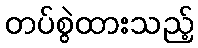
တပ်စွဲထားသည့်